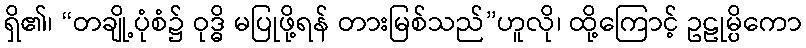
ရှိ၏၊ “တချို့ပုံစံ၌ ဝုဒ္ဓိ မပြုဖို့ရန် တားမြစ်သည်”ဟူလို၊ ထို့ကြောင့် ဥဠုမ္ပိကော